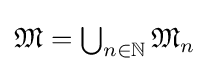
{\textstyle {\mathfrak {M}}=\bigcup _{n\in \mathbb {N} }{\mathfrak {M}}_{n}}